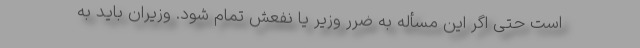
است حتی اگر این مسأله به ضرر وزیر یا نفعش تمام شود. وزیران باید به